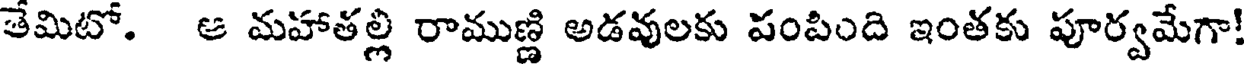
తేమిటో. ఆ మహాతల్లి రాముణ్ణి అడవులకు పంపింది ఇంతకు పూర్వమేగా!